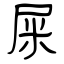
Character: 屎